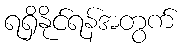
ရရှိနိုင်ရန်အတွက်